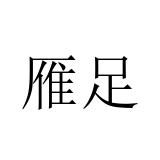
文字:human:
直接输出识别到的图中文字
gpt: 雁足